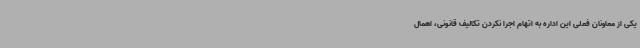
یکی از معاونان فعلی این اداره به اتهام اجرا نکردن تکالیف قانونی، اهمال